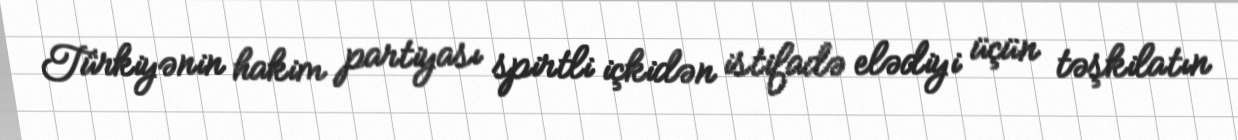
Türkiyənin hakim partiyası spirtli içkidən istifadə elədiyi üçün təşkilatın